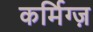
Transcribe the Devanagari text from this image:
कर्मिग्ज़